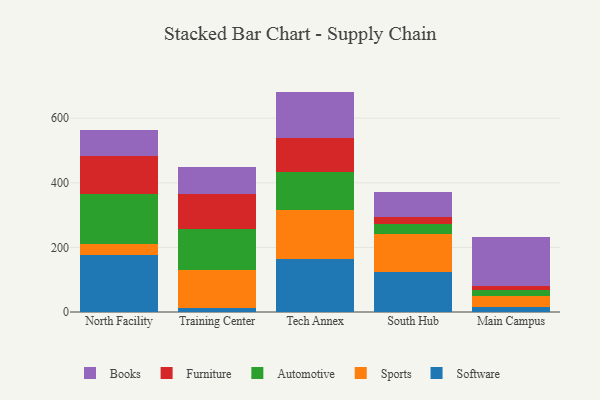
{"axis": {"x": "Campus", "y": "Inventory Turnover"}, "legend": ["Automotive", "Books", "Furniture", "Software", "Sports"], "data": [{"x": "North Facility", "y": 177.7, "type": "Software"}, {"x": "North Facility", "y": 32.1, "type": "Sports"}, {"x": "North Facility", "y": 154.4, "type": "Automotive"}, {"x": "North Facility", "y": 119.8, "type": "Furniture"}, {"x": "North Facility", "y": 80.6, "type": "Books"}, {"x": "Training Center", "y": 13.9, "type": "Software"}, {"x": "Training Center", "y": 116.8, "type": "Sports"}, {"x": "Training Center", "y": 124.9, "type": "Automotive"}, {"x": "Training Center", "y": 108.4, "type": "Furniture"}, {"x": "Training Center", "y": 84.9, "type": "Books"}, {"x": "Tech Annex", "y": 164.5, "type": "Software"}, {"x": "Tech Annex", "y": 151.4, "type": "Sports"}, {"x": "Tech Annex", "y": 118.3, "type": "Automotive"}, {"x": "Tech Annex", "y": 103.4, "type": "Furniture"}, {"x": "Tech Annex", "y": 144.9, "type": "Books"}, {"x": "South Hub", "y": 125.0, "type": "Software"}, {"x": "South Hub", "y": 115.3, "type": "Sports"}, {"x": "South Hub", "y": 32.6, "type": "Automotive"}, {"x": "South Hub", "y": 22.5, "type": "Furniture"}, {"x": "South Hub", "y": 76.0, "type": "Books"}, {"x": "Main Campus", "y": 14.2, "type": "Software"}, {"x": "Main Campus", "y": 34.0, "type": "Sports"}, {"x": "Main Campus", "y": 19.7, "type": "Automotive"}, {"x": "Main Campus", "y": 12.3, "type": "Furniture"}, {"x": "Main Campus", "y": 152.0, "type": "Books"}]}